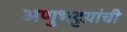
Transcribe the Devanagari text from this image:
अणुभट्टय़ांची